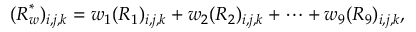
( \boldsymbol { R } _ { \boldsymbol { w } } ^ { * } ) _ { i , j , k } = w _ { 1 } ( \boldsymbol { R } _ { 1 } ) _ { i , j , k } + w _ { 2 } ( \boldsymbol { R } _ { 2 } ) _ { i , j , k } + \cdots + w _ { 9 } ( \boldsymbol { R } _ { 9 } ) _ { i , j , k } ,